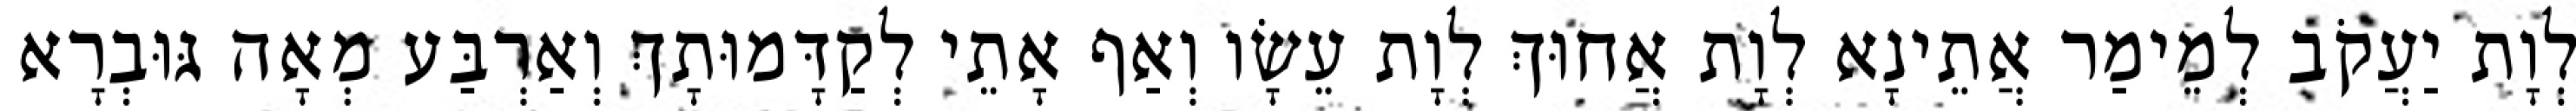
לְוָת יַעֲקֹב לְמֵימַר אֲתֵינָא לְוָת אֲחוּךְ לְוָת עֵשָׂו וְאַף אָתֵי לְקַדָּמוּתָךְ וְאַרְבַּע מְאָה גּוּבְרָא